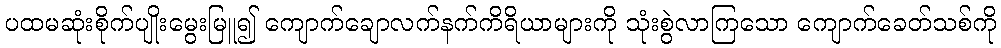
ပထမဆုံးစိုက်ပျိုးမွေးမြူ၍ ကျောက်ချောလက်နက်ကိရိယာများကို သုံးစွဲလာကြသော ကျောက်ခေတ်သစ်ကို